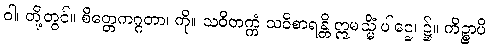
ဝါ၊ တို့တွင်။ စိတ္တေကဂ္ဂတာ၊ ကို။ သဝိတက္ကံ သဝိစာရန္တိ ဣမသ္မိံ ပါဌေ၊ ၌။ ကိဉ္စာပိ